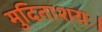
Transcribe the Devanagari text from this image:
मुदिताशयः।